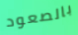
بالصعود